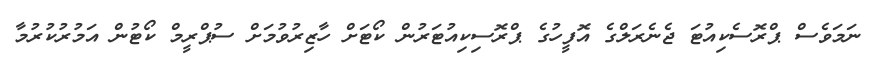
ނަމަވެސް ޕްރޮސެކިއުޓަ ޖެނެރަލްގެ އޮފީހުގެ ޕްރޮސިކިއުޓަރުން ކޯޓަށް ހާޒިރުވުމަށް ސުޕްރީމް ކޯޓުން އަމުރުކުރުމާ